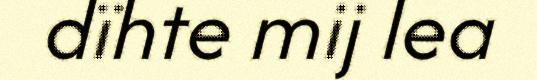
dïhte mij lea